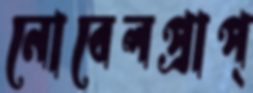
নোবেলপ্রাপ্